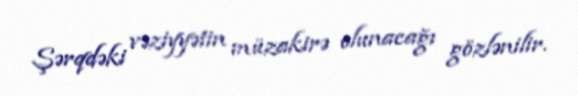
Şərqdəki vəziyyətin müzakirə olunacağı gözlənilir.